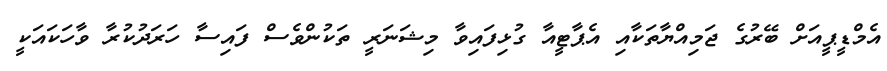
އެމްޑީޕީއަށް ބޭރުގެ ޖަމިއްޔާތަކާއި އެޕާޓީއާ ގުޅިފައިވާ މިޝަނަރީ ތަކުންވެސް ފައިސާ ހަރަދުކުރާ ވާހަކައަކީ